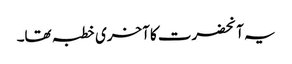
یہ آنحضرت کا آخری خطبہ تھا۔